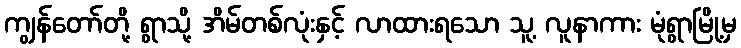
ကျွန်တော်တို့ ရွာသို့ အိမ်တစ်လုံးနှင့် လာထားရသော သူ့ လူနာကား မုံရွာမြို့မှ